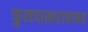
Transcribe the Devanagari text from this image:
फुलपाखराबाबत